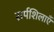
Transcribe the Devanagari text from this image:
सर्पशिलाएँ